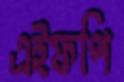
এইফপি